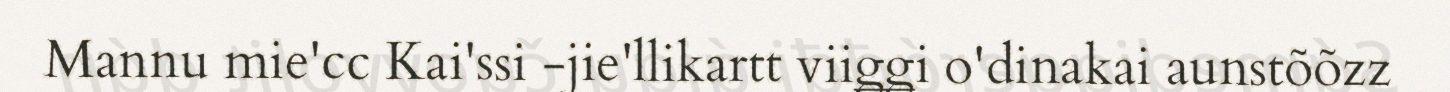
Mannu mie'cc Kai'ssi -jie'llikartt viiǥǥi o'dinakai aunstõõzz